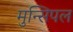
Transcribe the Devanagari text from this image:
मुन्सिपल